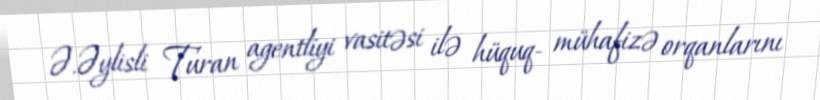
Ə.Əylisli Turan agentliyi vasitəsi ilə hüquq- mühafizə orqanlarını